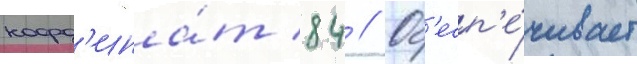
коорд'ина́т 84 // Об'есп'е́чивает